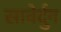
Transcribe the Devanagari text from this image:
सावेर्दुन